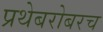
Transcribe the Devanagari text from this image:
प्रथेबरोबरच